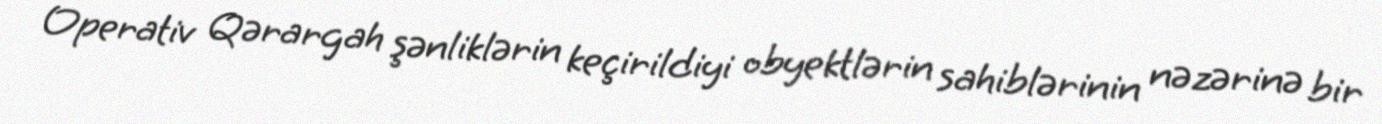
Operativ Qərargah şənliklərin keçirildiyi obyektlərin sahiblərinin nəzərinə bir